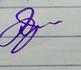
Signature authenticity: genuine